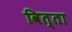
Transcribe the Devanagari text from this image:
वित्ता